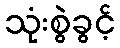
သုံးစွဲခွင့်